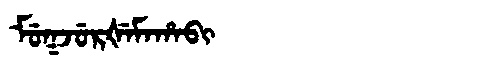
Manchu: ᠮᡠᡴᠵᡠᡵᡧᡝᠮᠠᡥᠠᠪᡳ
Romanization: MUKJURŠEMAHABI